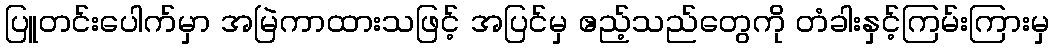
ပြူတင်းပေါက်မှာ အမြဲကာထားသဖြင့် အပြင်မှ ဧည့်သည်တွေကို တံခါးနှင့်ကြမ်းကြားမှ